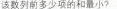
该数列前多少项的和最小?